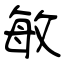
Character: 敏